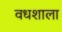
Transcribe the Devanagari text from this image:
वधशाला